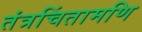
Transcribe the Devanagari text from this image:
तंत्रचिंतामणि